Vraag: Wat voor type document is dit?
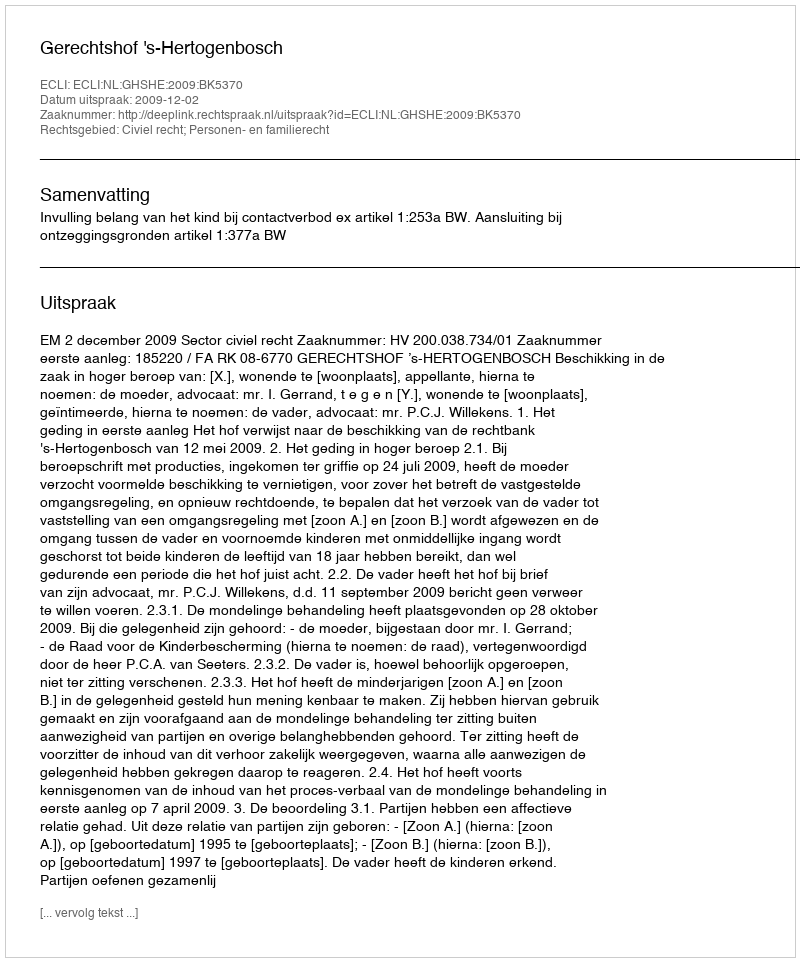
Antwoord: Uitspraak